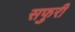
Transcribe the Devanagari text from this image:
सफुरी